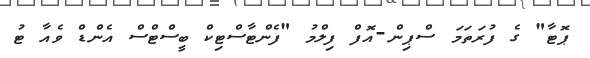
ޕޮޓާ" ގެ ފުރަތަމަ ސްޕިން-އޮފް ފިލްމު "ފެންޓާސްޓިކް ބީސްޓްސް އެންޑް ވެއާ ޓު